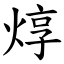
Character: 焞